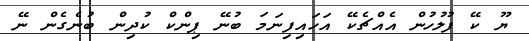
ޔޫ ކޭ ފުލުހުން އެއްޗެކޭ އަހައިފިނަމަ ބުނޭ ޕިންކް ކުދިން ބުނެގެން ނޭ